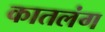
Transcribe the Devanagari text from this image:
कातलंग